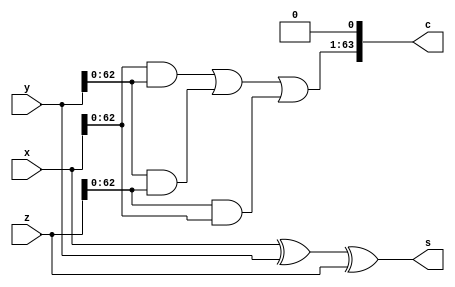
module threeRowAdder(x,y,z,s,c);

input [63:0] x,y,z;
output [63:0] s,c;

assign s = x^y^z;
assign c[0] = 1'b0;
assign c[63:1] = (x[63:0]&y[63:0]) | (y[63:0]&z[63:0]) | (z[63:0]&x[63:0]);

endmodule